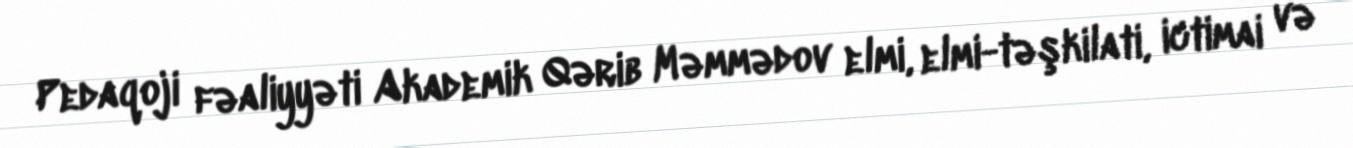
Pedaqoji fəaliyyəti Akademik Qərib Məmmədov elmi, elmi-təşkilati, ictimai və